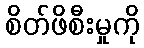
စိတ်ဖိစီးမှုကို